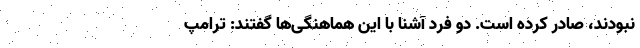
نبودند، صادر کرده است. دو فرد آشنا با این هماهنگی‌ها گفتند: ترامپ